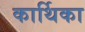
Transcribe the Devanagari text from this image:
कार्थिका